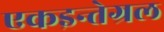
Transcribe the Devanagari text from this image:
एकइन्तेग्रल